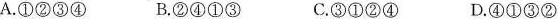
A.①②③④ B.②④①③ C.③①②④ D.④①③②